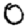
Digit: 0